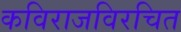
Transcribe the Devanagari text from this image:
कविराजविरचित